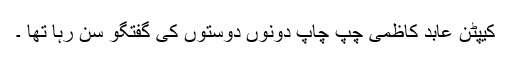
کیپٹن عابد کاظمی چپ چاپ دونوں دوستوں کی گفتگو سن رہا تھا ۔